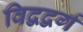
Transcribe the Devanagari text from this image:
विद्वद्वर्ग